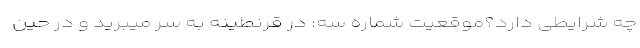
چه شرایطی دارد؟موقعیت شمارهٔ سه: در قرنطینه به سر میبرید و در حین